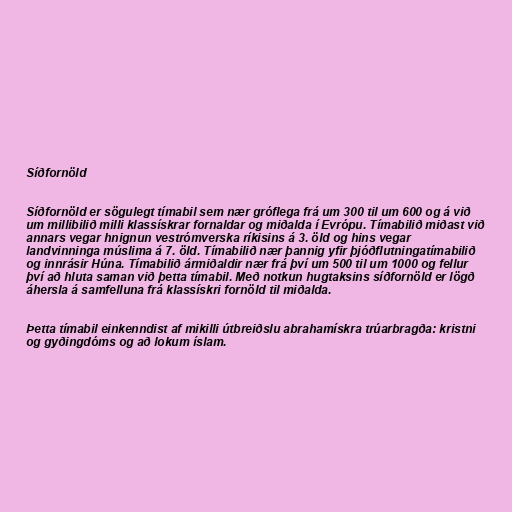
Síðfornöld

Síðfornöld er sögulegt tímabil sem nær gróflega frá um 300 til um 600 og á við
um millibilið milli klassískrar fornaldar og miðalda í Evrópu. Tímabilið miðast við
annars vegar hnignun vestrómverska ríkisins á 3. öld og hins vegar
landvinninga múslima á 7. öld. Tímabilið nær þannig yfir þjóðflutningatímabilið
og innrásir Húna. Tímabilið ármiðaldir nær frá því um 500 til um 1000 og fellur
því að hluta saman við þetta tímabil. Með notkun hugtaksins síðfornöld er lögð
áhersla á samfelluna frá klassískri fornöld til miðalda.

Þetta tímabil einkenndist af mikilli útbreiðslu abrahamískra trúarbragða: kristni
og gyðingdóms og að lokum íslam.